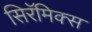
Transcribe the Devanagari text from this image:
सिरॅमिक्स